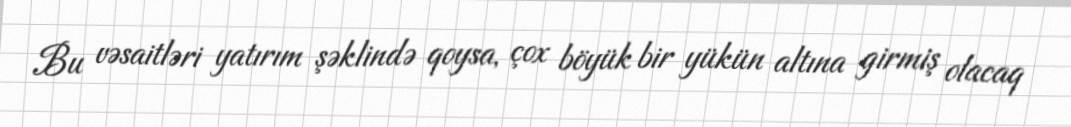
Bu vəsaitləri yatırım şəklində qoysa, çox böyük bir yükün altına girmiş olacaq